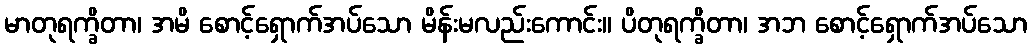
မာတုရက္ခိတာ၊ အမိ စောင့်ရှောက်အပ်သော မိန်းမလည်းကောင်း။ ပိတုရက္ခိတာ၊ အဘ စောင့်ရှောက်အပ်သော